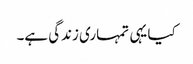
کیا یہی تمہاری زندگی ہے۔